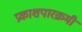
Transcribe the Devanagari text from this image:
प्रकाशपारक्रमी